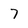
Character: 7